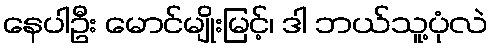
နေပါဦး မောင်မျိုးမြင့်၊ ဒါ ဘယ်သူ့ပုံလဲ